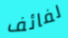
لفائف